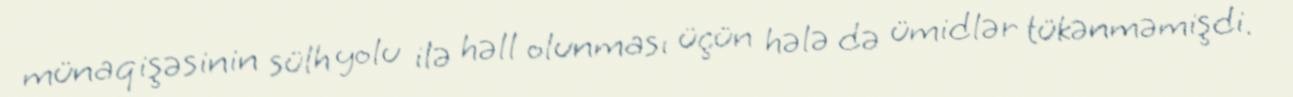
münaqişəsinin sülh yolu ilə həll olunması üçün hələ də ümidlər tükənməmişdi.